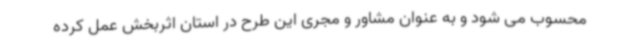
محسوب می شود و به عنوان مشاور و مجری این طرح در استان اثربخش عمل کرده